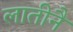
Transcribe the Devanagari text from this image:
लातीनै